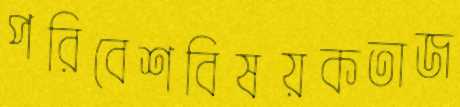
পরিবেশবিষয়কতাজ